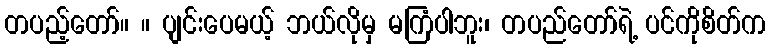
တပည့်တော်။ ။ ပျင်းပေမယ့် ဘယ်လိုမှ မကြံပါဘူး၊ တပည်တော်ရဲ့ ပင်ကိုစိတ်က